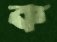
ক